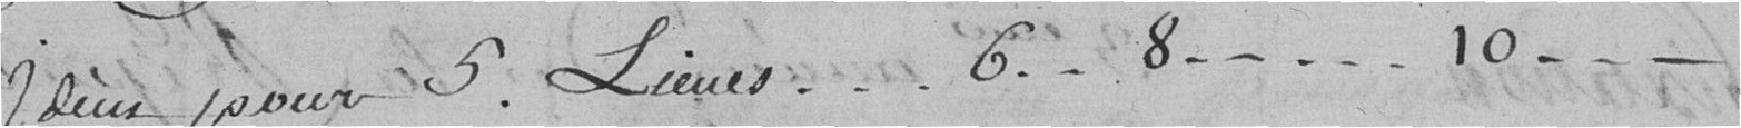
Idem pour 5 lieues...6..8.....10...